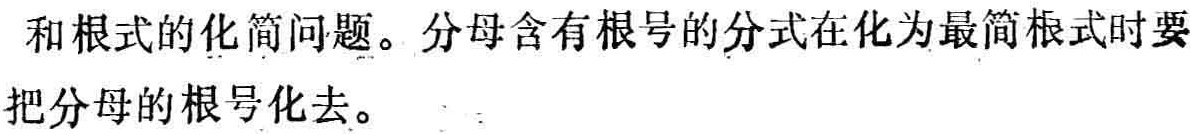
和根式的化简问题。分母含有根号的分式在化为最简根式时要把分母的根号化去。